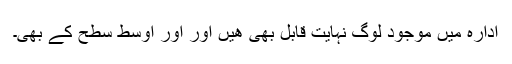
ادارہ میں موجود لوگ نہایت قابل بھی ھیں اور اور اوسط سطح کے بھی۔